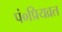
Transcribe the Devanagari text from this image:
पं०प्रियव्रत